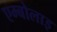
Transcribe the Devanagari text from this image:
एम्बोलाइ